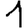
Digit: 1